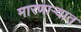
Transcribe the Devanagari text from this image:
मारणाऱ्यात